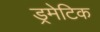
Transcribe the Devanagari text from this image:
ड्रमेटिक